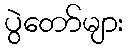
ပွဲတော်များ